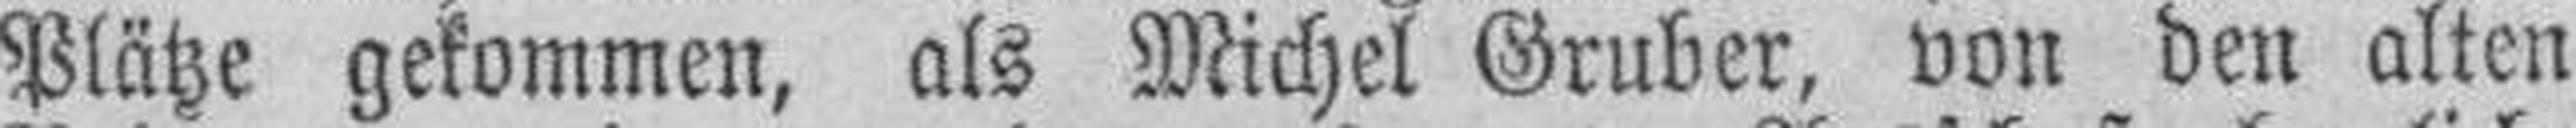
Plätze gekommen, als Michel Gruber, von den alten